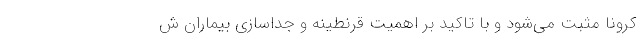
کرونا مثبت می‌شود و با تاکید بر اهمیت قرنطینه و جداسازی بیماران ش